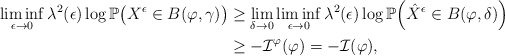
\begin{align*}\liminf_{\epsilon\to0}\lambda^2(\epsilon)\log\mathbb P\big(X^{\epsilon}\in B(\varphi,\gamma)\big)& \geq \lim_{\delta\to0}\liminf_{\epsilon\to0}\lambda^2(\epsilon)\log\mathbb P\Big(\hat{X}^{\epsilon} \in B(\varphi,\delta)\Big) \\& \geq -\mathcal{I}^{\varphi}(\varphi)=-\mathcal{I}(\varphi),\end{align*}